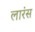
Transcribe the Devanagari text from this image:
लारंस